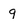
Character: g